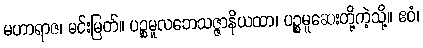
မဟာရာဇ၊ မင်းမြတ်။ ပဉ္စမူလဘေသဇ္ဇာနိယထာ၊ ပဉ္စမူဆေးတို့ကဲ့သို့။ ဧဝံ၊